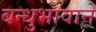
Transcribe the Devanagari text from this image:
बन्धुभावाने